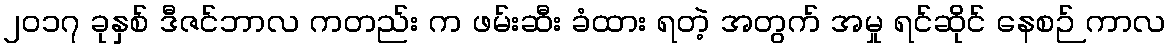
၂၀၁၇ ခုနှစ် ဒီဇင်ဘာလ ကတည်း က ဖမ်းဆီး ခံထား ရတဲ့ အတွက် အမှု ရင်ဆိုင် နေစဉ် ကာလ